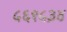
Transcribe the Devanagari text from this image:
५६१५३४